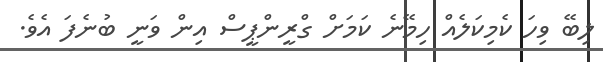
ލިބޭ ވިހަ ކެމިކަލެއް ހިމޭނެ ކަމަށް ގްރީންޕީސް އިން ވަނީ ބުނެފަ އެވެ.